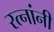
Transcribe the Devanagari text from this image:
रत्नांनी